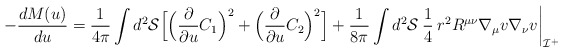
\begin{align*}- \frac{dM(u)}{du} = \frac{1}{4\pi} \int d^2{\cal S} \Bigl[\Bigl( \frac{\partial}{\partial u}C_1 \Bigr)^2 +\Bigl( \frac{\partial}{\partial u}C_2 \Bigr)^2 \Bigr] +\frac{1}{8\pi} \int d^2{\cal S}\:\frac{1}{4}\: r^2 R^{\mu\nu}\nabla_{\mu}v \nabla_{\nu}v\biggl|_{{\cal I}^+}\end{align*}